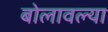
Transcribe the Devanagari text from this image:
बोलावल्या